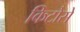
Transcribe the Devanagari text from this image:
किटोसे